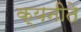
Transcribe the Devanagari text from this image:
क्यनीते